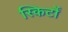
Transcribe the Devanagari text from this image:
स्किर्टों